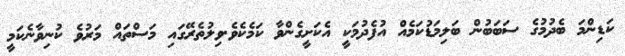
ކަޑިންމަ ބެދުމުގެ ސަބަބުން ބަލިމަޑުކަމެއް އުފެދުމަކީ އެކަށީގެންވާ ކަމެކެވެ.ވިލުތެރޭގައި މަސްތައް މަރުވެ ކުނިވާނެކަމީ